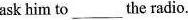
ask him to ___ the radio.